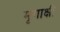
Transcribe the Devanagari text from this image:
मृगाक्षी